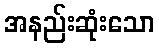
အနည်းဆုံးသော